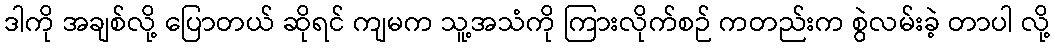
ဒါကို အချစ်လို့ ပြောတယ် ဆိုရင် ကျမက သူ့အသံကို ကြားလိုက်စဉ် ကတည်းက စွဲလမ်းခဲ့ တာပါ လို့